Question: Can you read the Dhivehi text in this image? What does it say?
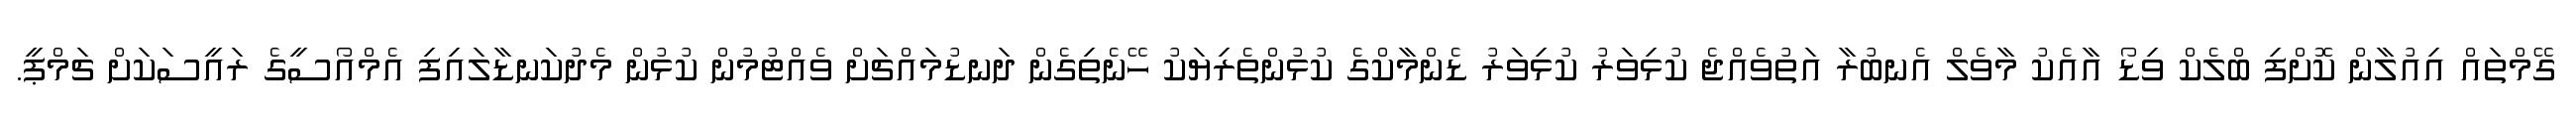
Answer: ގޭމްތައް އިއުލާން ކޮށްފި ބްލެކް ވިޑޯ އާއެކު މާވެލް އެނބުރާ އަތުވެއްޖެ ކުޅިވަރު ކުޅިވަރު ޑެންމާކްގެ ކުޅުންތެރިޔަކު ހޭނެތިގެން ދަނޑުމައްޗަށް ވެއްޓުމުން ކުޅުން މެދުކަނޑާލައިފި އެމްއޯސީގެ ރައީސަކަށް ޗަމްޕީ.